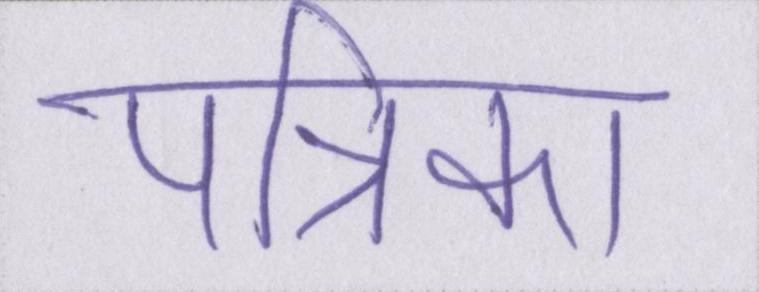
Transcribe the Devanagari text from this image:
पत्रिका